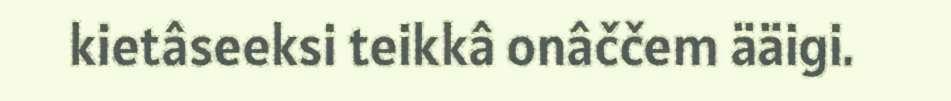
kietâseeksi teikkâ onâččem ääigi.